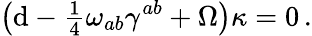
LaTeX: \left(\mathrm{d}-{\textstyle\frac{{1}}{{4}}}\omega_{ab}\gamma^{ab}+\Omega\right)\kappa=0\, .